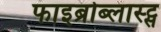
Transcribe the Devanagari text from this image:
फाइब्रोब्लास्ट्स